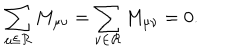
LaTeX: \sum _ { \mu \in { \cal R } } M _ { \mu \nu } = \sum _ { \nu \in { \cal R } } M _ { \mu \nu } = 0 .